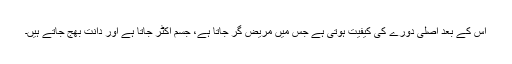
اس کے بعد اصلی دورے کی کیفیت ہوتی ہے جس میں مریض گر جاتا ہے، جسم اکٹر جاتا ہے اور دانت بھج جاتے ہیں۔